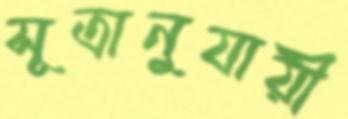
সূত্রানুযায়ী